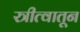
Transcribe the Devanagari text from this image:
स्त्रीत्वातून